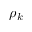
\rho _ { k }